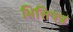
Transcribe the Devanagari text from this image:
भित्तिपत्र